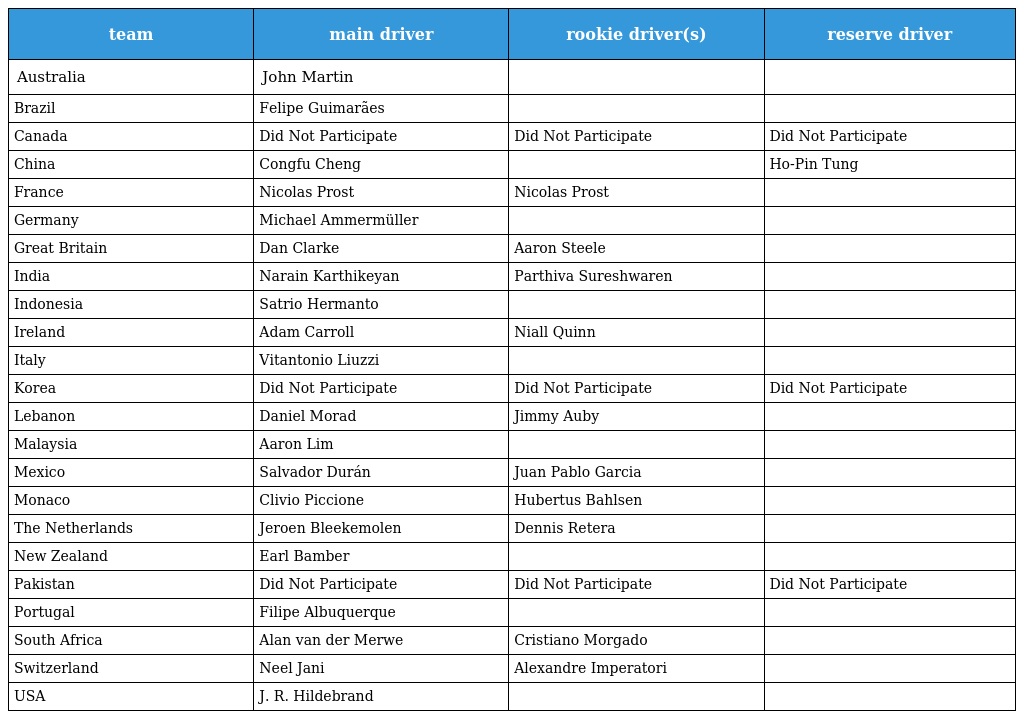
| team | main driver | rookie driver(s) | reserve driver |
 | --- | --- | --- | --- |
 | Australia | John Martin |  |  |
 | Brazil | Felipe Guimarães |  |  |
 | Canada | Did Not Participate | Did Not Participate | Did Not Participate |
 | China | Congfu Cheng |  | Ho-Pin Tung |
 | France | Nicolas Prost | Nicolas Prost |  |
 | Germany | Michael Ammermüller |  |  |
 | Great Britain | Dan Clarke | Aaron Steele |  |
 | India | Narain Karthikeyan | Parthiva Sureshwaren |  |
 | Indonesia | Satrio Hermanto |  |  |
 | Ireland | Adam Carroll | Niall Quinn |  |
 | Italy | Vitantonio Liuzzi |  |  |
 | Korea | Did Not Participate | Did Not Participate | Did Not Participate |
 | Lebanon | Daniel Morad | Jimmy Auby |  |
 | Malaysia | Aaron Lim |  |  |
 | Mexico | Salvador Durán | Juan Pablo Garcia |  |
 | Monaco | Clivio Piccione | Hubertus Bahlsen |  |
 | The Netherlands | Jeroen Bleekemolen | Dennis Retera |  |
 | New Zealand | Earl Bamber |  |  |
 | Pakistan | Did Not Participate | Did Not Participate | Did Not Participate |
 | Portugal | Filipe Albuquerque |  |  |
 | South Africa | Alan van der Merwe | Cristiano Morgado |  |
 | Switzerland | Neel Jani | Alexandre Imperatori |  |
 | USA | J. R. Hildebrand |  |  |